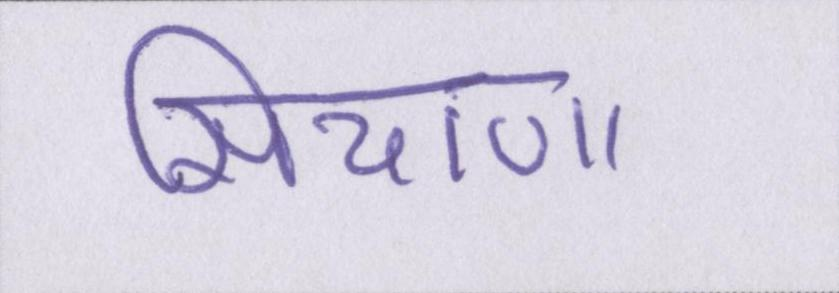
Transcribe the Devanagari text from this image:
सियाणा